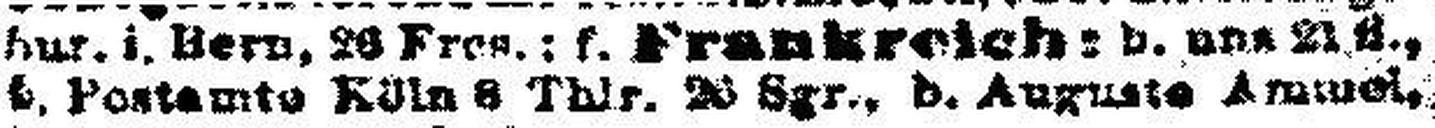
b. Postamte Köln 8 Thlr. 26 Sgr., b. Auguste Ammel,